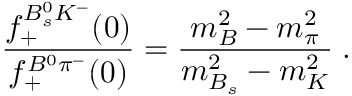
\frac { f _ { + } ^ { B _ { s } ^ { 0 } K ^ { - } } ( 0 ) } { f _ { + } ^ { B ^ { 0 } \pi ^ { - } } ( 0 ) } = \frac { m _ { B } ^ { 2 } - m _ { \pi } ^ { 2 } } { m _ { B _ { s } } ^ { 2 } - m _ { K } ^ { 2 } } \; .